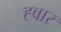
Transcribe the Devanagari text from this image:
ह्वार